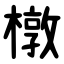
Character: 橔